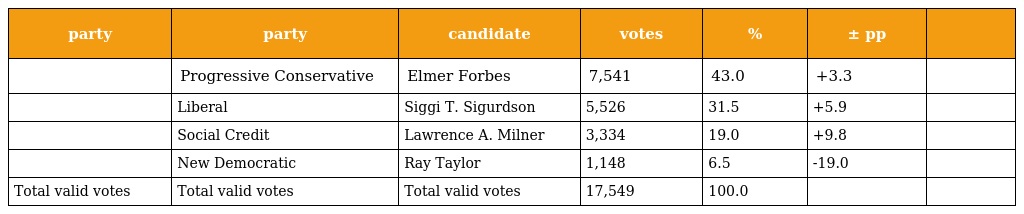
| party | party | candidate | votes | % | ± pp |  |
 | --- | --- | --- | --- | --- | --- | --- |
 |  | Progressive Conservative | Elmer Forbes | 7,541 | 43.0 | +3.3 |  |
 |  | Liberal | Siggi T. Sigurdson | 5,526 | 31.5 | +5.9 |  |
 |  | Social Credit | Lawrence A. Milner | 3,334 | 19.0 | +9.8 |  |
 |  | New Democratic | Ray Taylor | 1,148 | 6.5 | -19.0 |  |
 | Total valid votes | Total valid votes | Total valid votes | 17,549 | 100.0 |  |  |